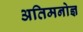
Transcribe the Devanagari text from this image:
अतिमनोज्ञ